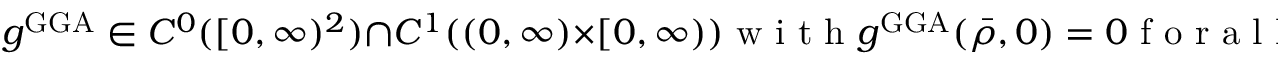
g ^ { \mathrm { G G A } } \in C ^ { 0 } ( [ 0 , \infty ) ^ { 2 } ) \cap C ^ { 1 } ( ( 0 , \infty ) \times [ 0 , \infty ) ) \mathrm { ~ w ~ i ~ t ~ h ~ } g ^ { \mathrm { G G A } } ( \bar { \rho } , 0 ) = 0 \mathrm { ~ f ~ o ~ r ~ a ~ l ~ l ~ } \bar { \rho } .